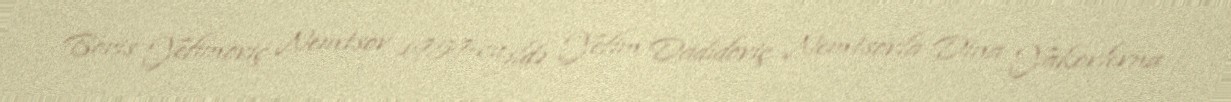
Boris Yefimoviç Nemtsov 1959-cu ildə Yefim Dadidoviç Nemtsovla Dina Yakovlevna